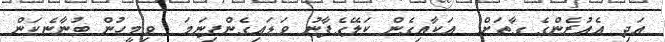
އަދި އެއުރެންގެ ގާތަށް  އަކާއިގެން ކަލޭގެފާނު ވަޑައިގެންފިނަމަ  ވިމީހުން ބުނާނެކަން